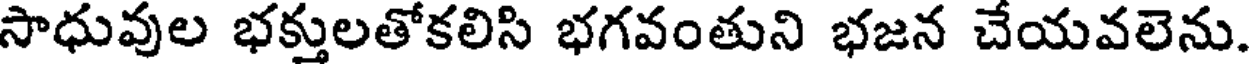
సాధువుల భక్తులతోకలిసి భగవంతుని భజన చేయవలెను.